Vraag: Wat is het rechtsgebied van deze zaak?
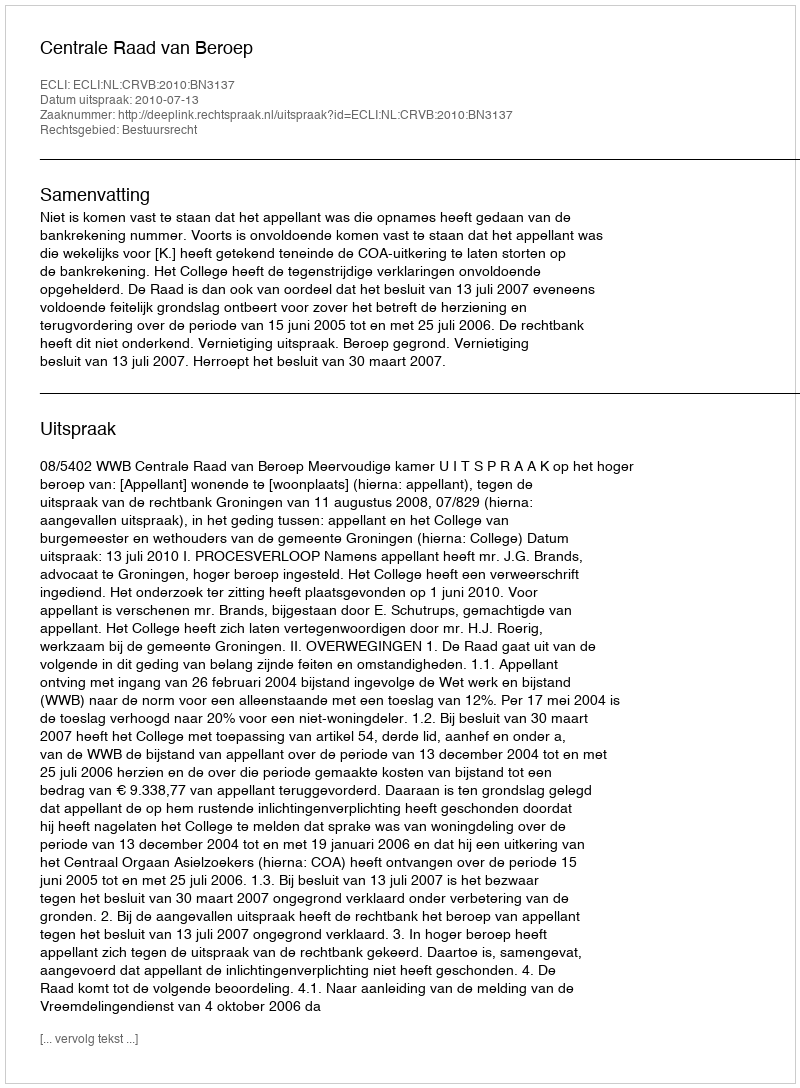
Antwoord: Bestuursrecht